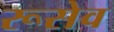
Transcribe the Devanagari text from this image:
रूसेव